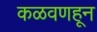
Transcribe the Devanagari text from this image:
कळवणहून